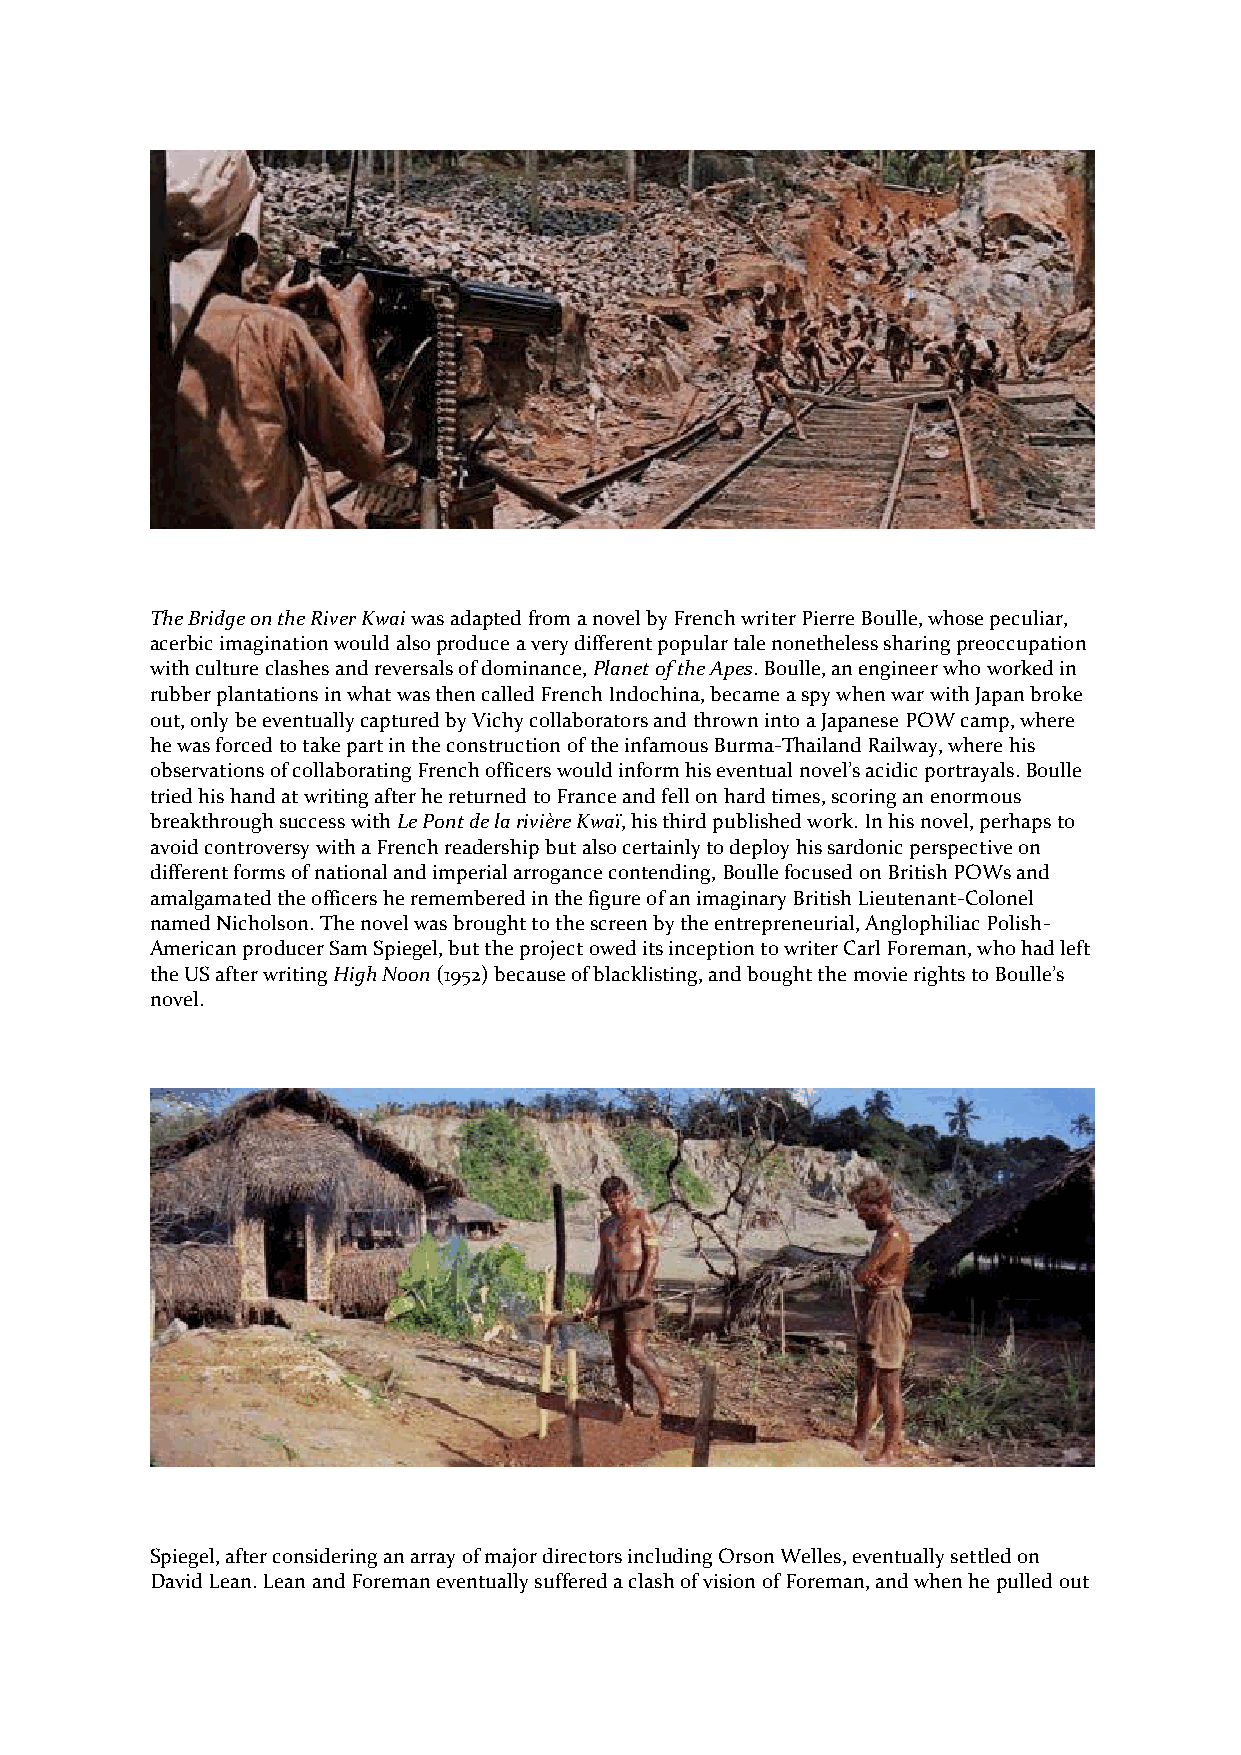
The Bridge on the River Kwai was adapted from a novel by French writer Pierre Boulle, whose peculiar,
 acerbic imagination would also produce a very different popular tale nonetheless sharing preoccupation
 with culture clashes and reversals of dominance, Planet of the Apes. Boulle, an engineer who worked in
 rubber plantations in what was then called French Indochina, became a spy when war with Japan broke
 out, only be eventually captured by Vichy collaborators and thrown into a Japanese POW camp, where
 he was forced to take part in the construction of the infamous Burma-Thailand Railway, where his
 observations of collaborating French officers would inform his eventual novel’s acidic portrayals. Boulle
 tried his hand at writing after he returned to France and fell on hard times, scoring an enormous
 breakthrough success with Le Pont de la rivière Kwaï, his third published work. In his novel, perhaps to
 avoid controversy with a French readership but also certainly to deploy his sardonic perspective on
 different forms of national and imperial arrogance contending, Boulle focused on British POWs and
 amalgamated the officers he remembered in the figure of an imaginary British Lieutenant-Colonel
 named Nicholson. The novel was brought to the screen by the entrepreneurial, Anglophiliac Polish-
 American producer Sam Spiegel, but the project owed its inception to writer Carl Foreman, who had left
 the US after writing High Noon (1952) because of blacklisting, and bought the movie rights to Boulle’s
 novel.
 Spiegel, after considering an array of major directors including Orson Welles, eventually settled on
 David Lean. Lean and Foreman eventually suffered a clash of vision of Foreman, and when he pulled out